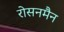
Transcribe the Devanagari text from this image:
रोसनमैन